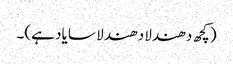
(کچھ دھندلا دھندلا سا یاد ہے)۔